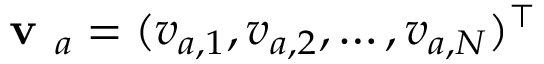
\textbf { v } _ { a } = ( v _ { a , 1 } , v _ { a , 2 } , \ldots , v _ { a , N } ) ^ { \top }